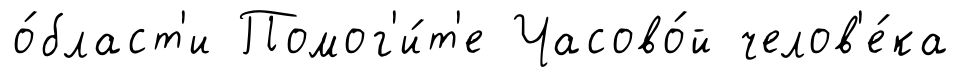
о́бласт'и Помог'и́т'е Часово́й челов'е́ка